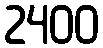
2400